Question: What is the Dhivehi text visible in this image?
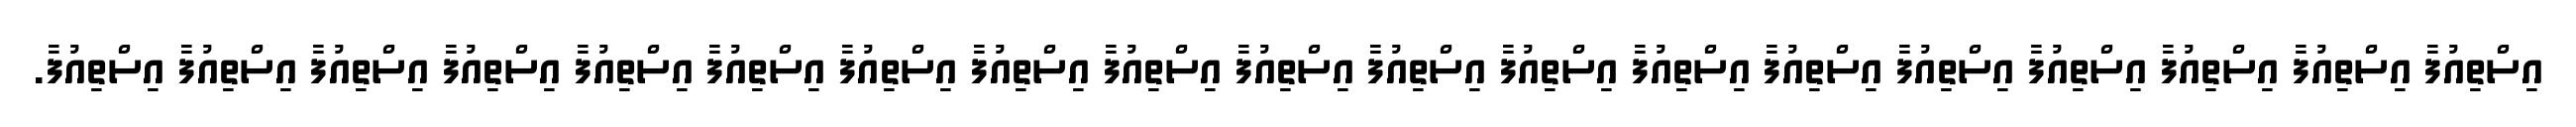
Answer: އިސްތިއުފާ އިސްތިއުފާ އިސްތިއުފާ އިސްތިއުފާ އިސްތިއުފާ އިސްތިއުފާ އިސްތިއުފާ އިސްތިއުފާ އިސްތިއުފާ އިސްތިއުފާ އިސްތިއުފާ އިސްތިއުފާ އިސްތިއުފާ އިސްތިއުފާ އިސްތިއުފާ އިސްތިއުފާ އިސްތިއުފާ އިސްތިއުފާ އިސްތިއުފާ.